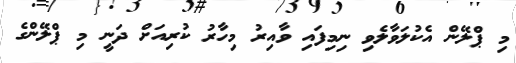
މި ޕްލޭން އެކުލަވާލެވި ނިމިފައި ވާއިރު މިހާރު ކުރިއަށް ދަނީ މި ޕްލޭންގެ